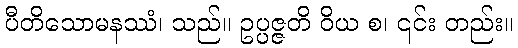
ပီတိသောမနဿံ၊ သည်။ ဥပ္ပဇ္ဇတိ ဝိယ စ၊ ၎င်း တည်း။